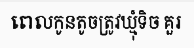
ពេលកូនតូចត្រូវឃ្មុំទិច គួរ